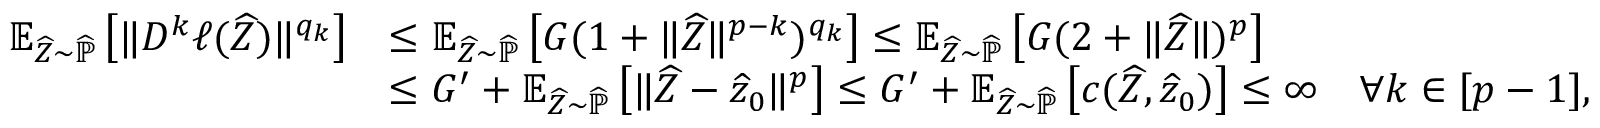
\begin{array} { r l } { \mathbb E _ { \widehat Z \sim \widehat { \mathbb P } } \left[ \| D ^ { k } \ell ( \widehat Z ) \| ^ { q _ { k } } \right] } & { \leq \mathbb E _ { \widehat Z \sim \widehat { \mathbb P } } \left[ G ( 1 + \| \widehat Z \| ^ { p - k } ) ^ { q _ { k } } \right] \leq \mathbb E _ { \widehat Z \sim \widehat { \mathbb P } } \left[ G ( 2 + \| \widehat Z \| ) ^ { p } \right] } \\ & { \leq G ^ { \prime } + \mathbb E _ { \widehat Z \sim \widehat { \mathbb P } } \left[ \| \widehat Z - \widehat z _ { 0 } \| ^ { p } \right] \leq G ^ { \prime } + \mathbb E _ { \widehat Z \sim \widehat { \mathbb P } } \left[ c ( \widehat Z , \widehat z _ { 0 } ) \right] \leq \infty \quad \forall k \in [ p - 1 ] , } \end{array}